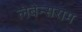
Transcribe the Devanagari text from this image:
लेबेन्सराम